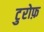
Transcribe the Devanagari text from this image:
टुरोफ़